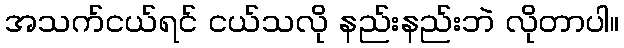
အသက်ငယ်ရင် ငယ်သလို နည်းနည်းဘဲ လိုတာပါ။